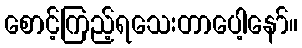
စောင့်ကြည့်ရသေးတာပေါ့နော်။